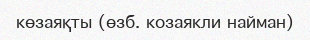
көзаяқты (өзб. козаякли найман)